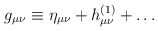
\begin{align*}g_{\mu\nu}\equiv\eta_{\mu\nu}+h^{(1)}_{\mu\nu}+\ldots\end{align*}